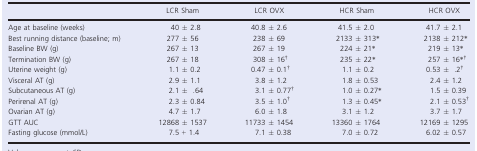
|  | LCR Sham | LCR OVX | HCR Sham | HCR OVX |
 | --- | --- | --- | --- | --- |
 | Age at baseline (weeks) | 40 ± 2.8 | 40.8 ± 2.6 | 41.5 ± 2.0 | 41.7 ± 2.1 |
 | Best running distance (baseline; m) | 277 ± 56 | 238 ± 69 | 2133 ± 313* | 2138 ± 212* |
 | Baseline BW (g) | 267 ± 13 | 267 ± 19 | 224 ± 21* | 219 ± 13* |
 | Termination BW (g) | 267 ± 18 | 308 ± 16† | 235 ± 22* | 257 ± 16*† |
 | Uterine weight (g) | 1.1 ± 0.2 | 0.47 ± 0.1† | 1.1 ± 0.2 | 0.53 ± .2† |
 | Visceral AT (g) | 2.9 ± 1.1 | 3.8 ± 1.2 | 1.8 ± 0.53 | 2.4 ± 1.2 |
 | Subcutaneous AT (g) | 2.1 ± .64 | 3.1 ± 0.77† | 1.0 ± 0.27* | 1.5 ± 0.39 |
 | Perirenal AT (g) | 2.3 ± 0.84 | 3.5 ± 1.0† | 1.3 ± 0.45* | 2.1 ± 0.53† |
 | Ovarian AT (g) | 4.7 ± 1.7 | 6.0 ± 1.8 | 3.1 ± 1.2 | 3.7 ± 1.7 |
 | GTT AUC | 12868 ± 1537 | 11733 ± 1454 | 13360 ± 1764 | 12169 ± 1295 |
 | Fasting glucose (mmol/L) | 7.5 + 1.4 | 7.1 ± 0.38 | 7.0 ± 0.72 | 6.02 ± 0.57 |